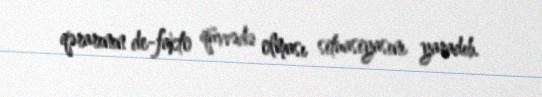
qərarının de-fakto qüvvədə olması situasiyasını yaradıb.